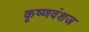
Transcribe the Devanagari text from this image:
कृष्‍णवंशज